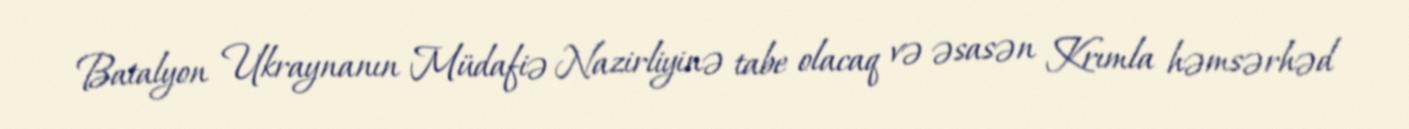
Batalyon Ukraynanın Müdafiə Nazirliyinə tabe olacaq və əsasən Krımla həmsərhəd